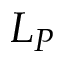
L _ { P }